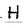
Character: H